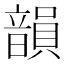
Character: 韻